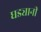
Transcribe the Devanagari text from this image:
घड्यानी